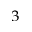
_ 3